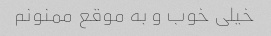
خیلی خوب و به موقع ممنونم